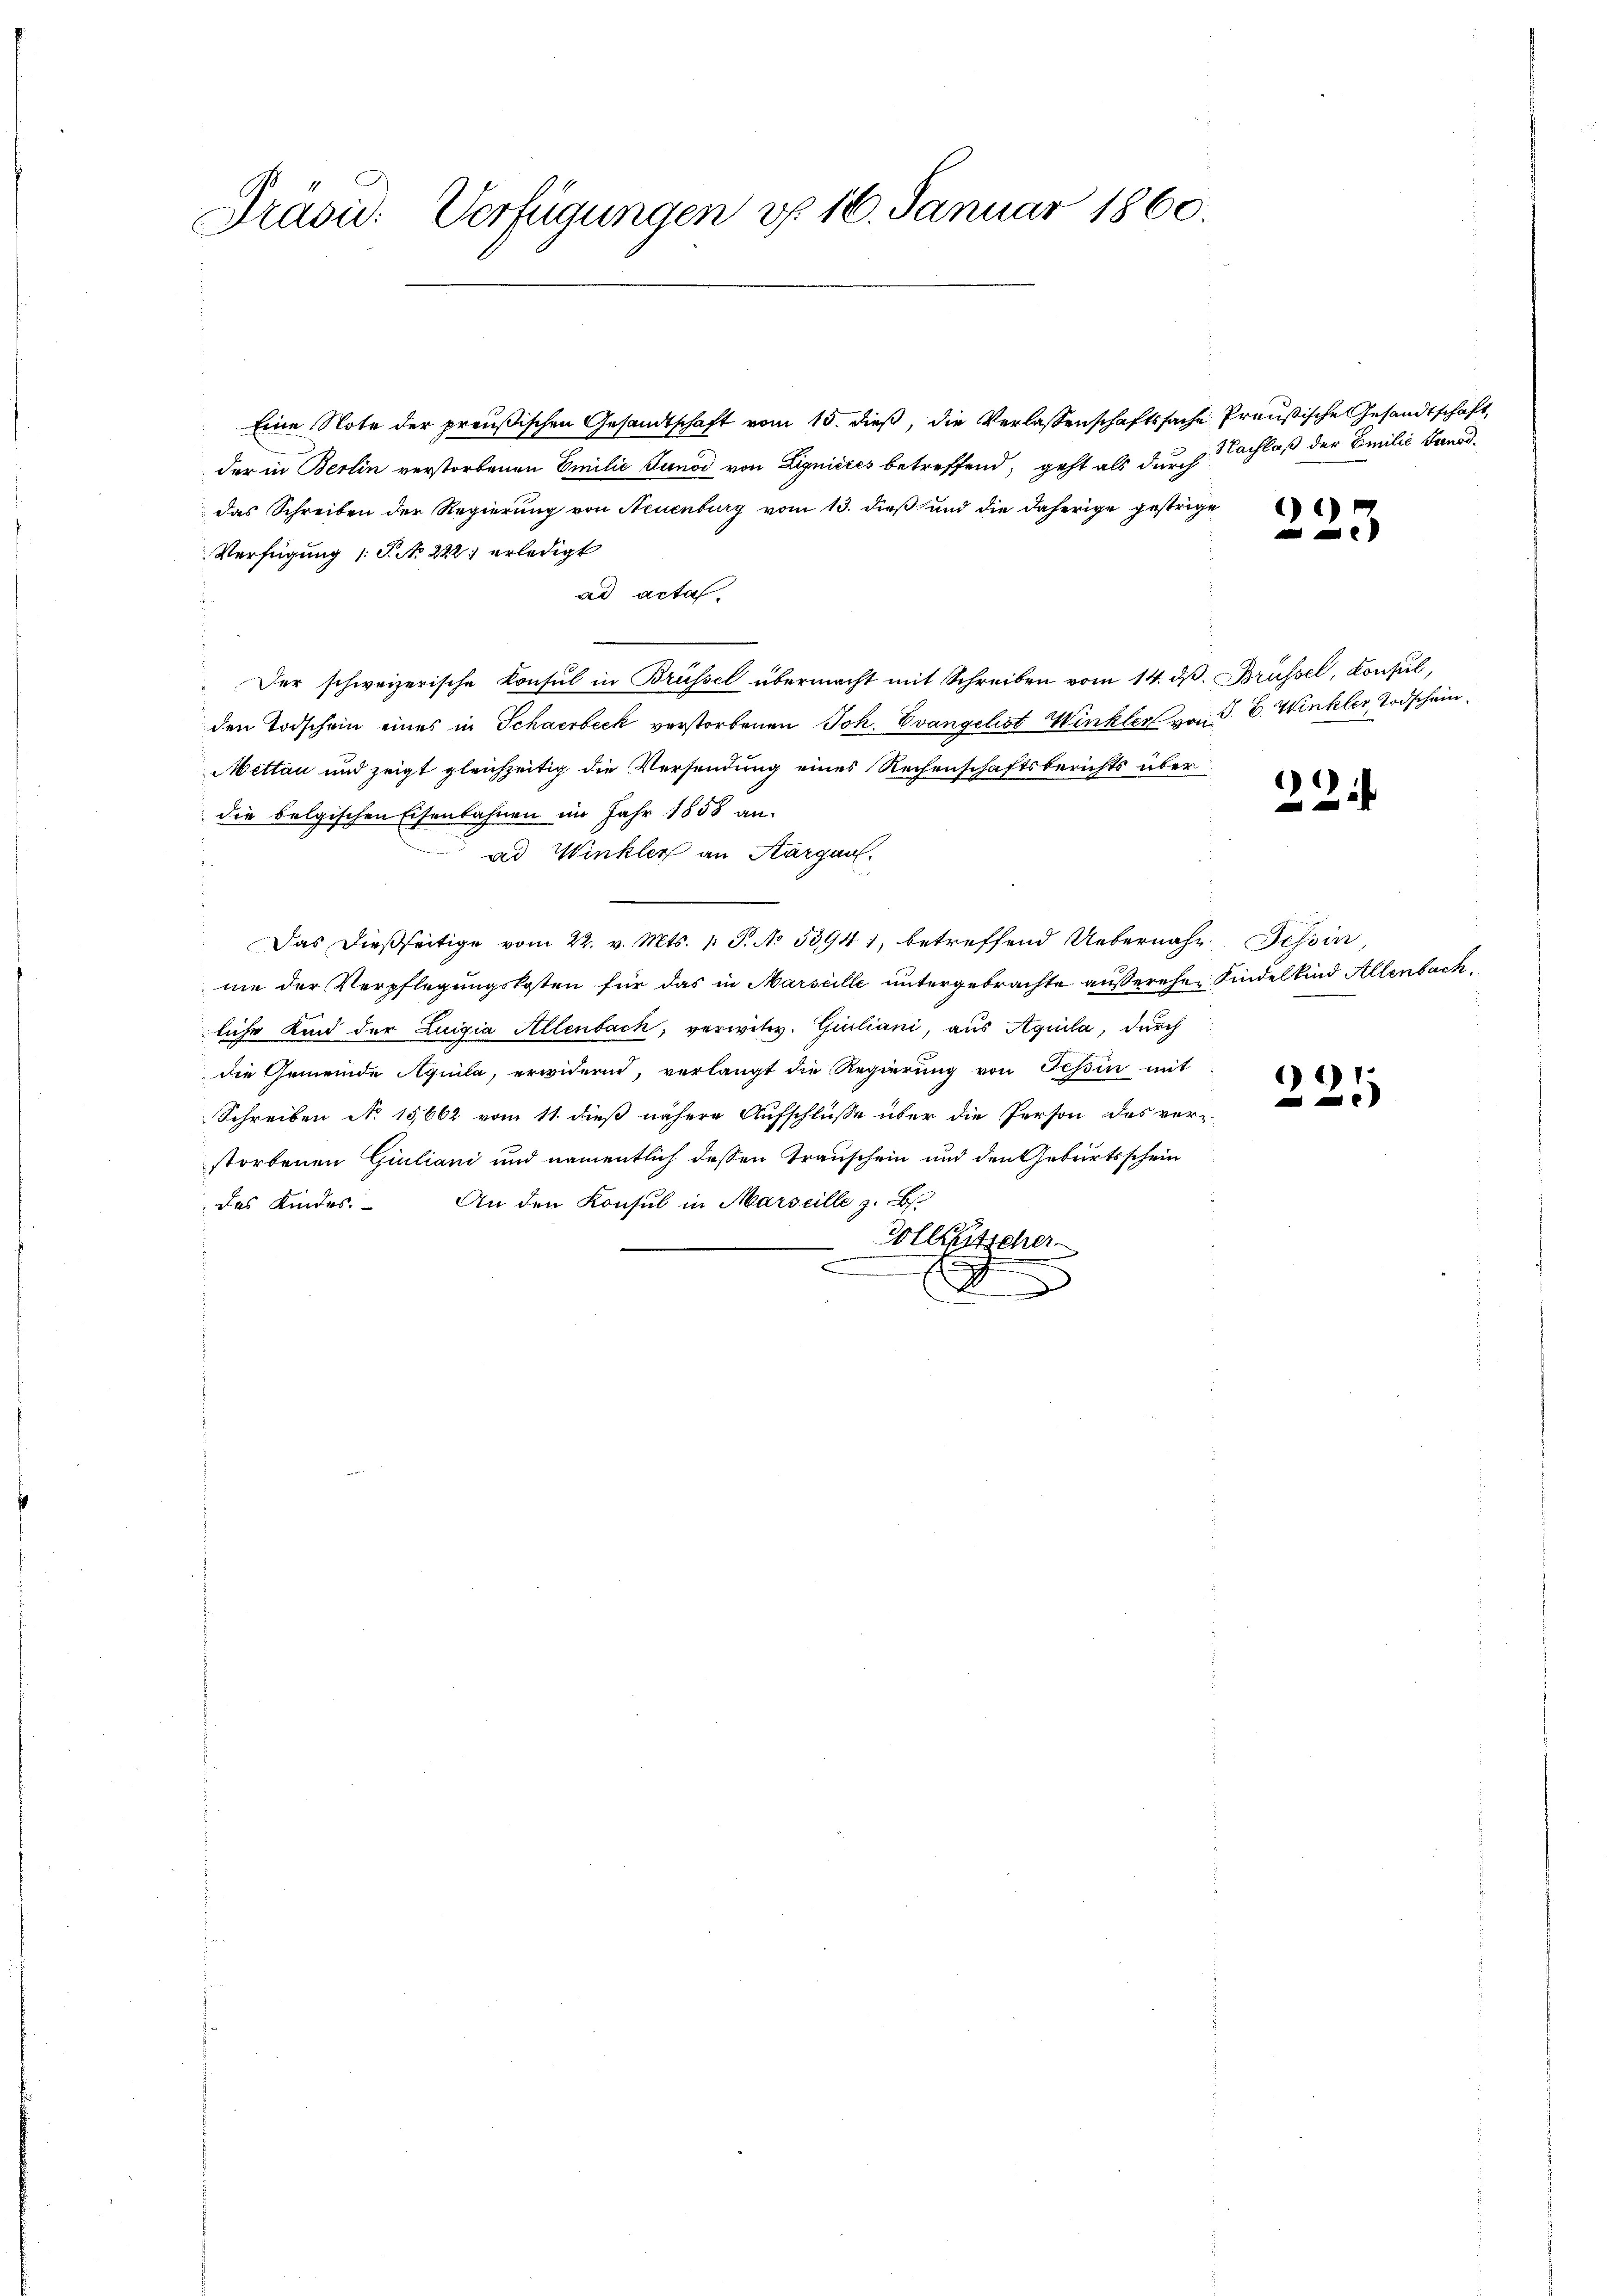
Präsid. Verfügungen v. 16. Januar 1860.

Eine Note der preußischen Gesandtschaft vom 15. dieß, die Verlassenschaftssache Preußische Gesandtschaft,
der in Berlin verstorbenen Emilie Junod von Lignieres betreffend, geht als durch
das Schreiben der Regierung von Neuenburg vom 13. dieß und die daherige gestrige
Verfügung (: P. No 222. erledigt
ad acta.
Der schweizerische Konsul in Brüssel übermacht mit Schreiben vom 14. ds. Brüssel, Konsul,
den Todschein eines in Schaerbeck verstorbenen Joh. Evangelist Winkler von P. C. Winkler Todschein
Mettan und zeigt gleichzeitig die Versendung eines Rechenschaftsberichts über
die belgischen Eisenbahnen im Jahr 1858 an.
ad Winkler an Aargau.
Das dießseitige vom 22. v. Mts. 1 S. No. 53941, betreffend Uebernahm, Tessin,
me der Verpflegungskosten für das in Marseille untergebrachte außerehen Kindelkind Allenbach,
liche Kind der Luigia Allenbach, verwitw. Giuliani, aus Aquila, durch
die Gemeinde Aquila, erwidern, verlangt die Regierung von Tessin mit
Schreiben No 15662 vom 11. dieß nähere Aufschluße über die Person des verstorbenen Giuliani und namentlich dessen Trauschein und den Geburtsschein
des Kindes. An den Konsul in Marseille z. B.
Hollrutscher
E

Nachlaß der Emilie Junod¬

)

)

) 2) 1